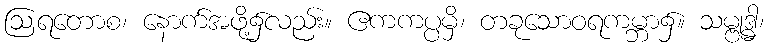
ဩရတောစ၊ နောက်အဖို့၌လည်း။ ဧကကပ္ပမှိ၊ တခုသောဝရကမ္ဘာ၌။ သမ္ဗုဒ္ဓါ၊